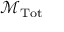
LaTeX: { \mathcal { M } } _ { \mathrm { { T o t } } }